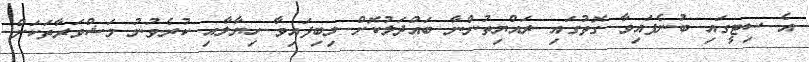
އެ ސިޓީގައި ބުނެފައިވާ ގޮތުގައި ރައްޔިތުންނާ ބައްދަލުކޮށް ލިބިފައިވާ ހިޔާލާއި ކުރެވުނު މަޝްވަރާތަކަށް